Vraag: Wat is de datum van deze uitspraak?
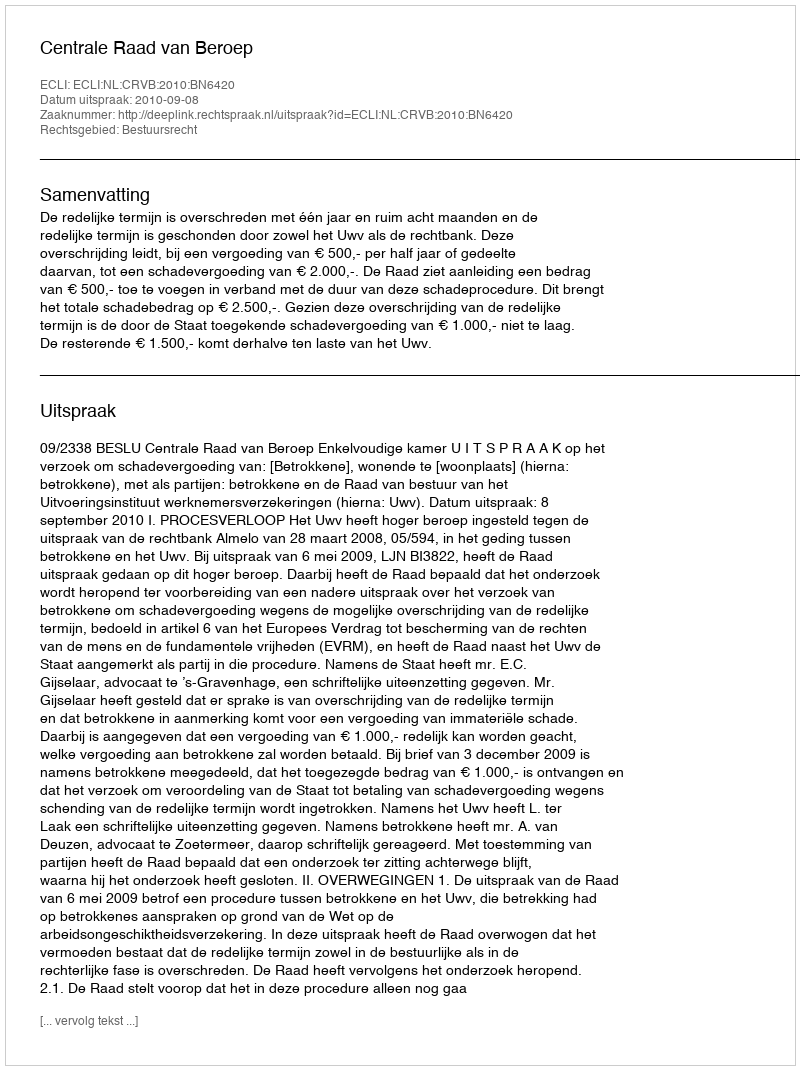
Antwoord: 2010-09-08